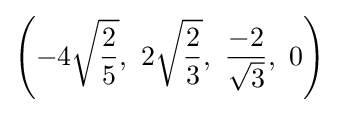
\left(-4{\sqrt {\frac {2}{5}}},\ 2{\sqrt {\frac {2}{3}}},\ {\frac {-2}{\sqrt {3}}},\ 0\right)